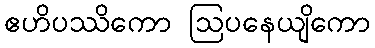
ဧဟိပဿိကော ဩပနေယျိကော